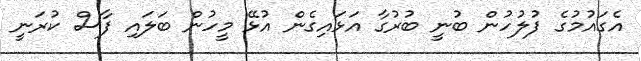
އެގައުމުގެ ފުލުހުން ބުނީ ބުރުގާ އަޅައިގެން އުޅޭ މީހުން ބަލައި ފާސް ކުރަނީ